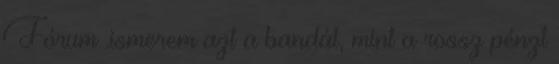
Fórum .ismerem azt a bandát, mint a rossz pénzt